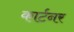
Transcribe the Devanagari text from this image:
कार्टनर